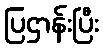
ပြဌာန်းပြီး